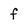
Character: f